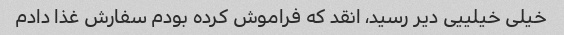
خیلی خیلییی دیر رسید، انقد که فراموش کرده بودم سفارش غذا دادم